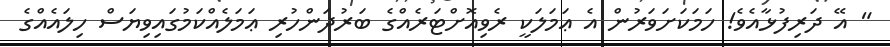
" އޭ ދަރިފުޅާއެވެ! ހަމަކަށަވަރުން އެ ޢަމަލަކީ ރެވިއޮށްޓަރެއްގެ ބަރުދަންހުރި ޢަމަލެއްކަމުގައިވިޔަސް ހިލައެއްގެ